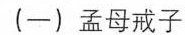
（一）孟母戒子